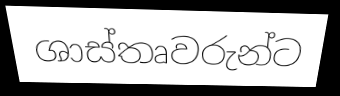
ශාස්තෘවරුන්ට